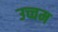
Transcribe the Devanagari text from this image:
उच्चम